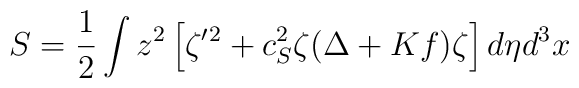
S=\frac{1}{2}\int z^{2}\left[ \zeta^{\prime}{}^2+c_{S}^{2}\zeta ({\Delta +Kf})\zeta \right] d\eta d^{3}x